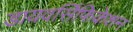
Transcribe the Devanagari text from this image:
डायवर्सिफिकेशन